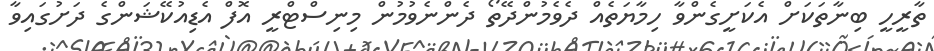
ތާރީހީ ބިނާތަކަށް އެކަށީގެންވާ ހިމާޔަތެއް ދެވެމުންދޭތޯ ދެންނެވުމުން މިނިސްޓްރީ އޮފް އެޑިއުކޭޝަންގެ ދަށުގައިވާ